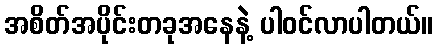
အစိတ်အပိုင်းတခုအနေနဲ့ ပါဝင်လာပါတယ်။